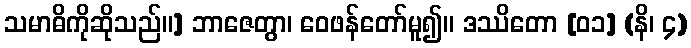
သမာဓိကိုဆိုသည်။] ဘာဇေတွာ၊ ဝေဖန်တော်မူ၍။ ဒဿိတော [၀၁] (နိ၊ ၄)